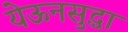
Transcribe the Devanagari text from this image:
येऊनसुद्धा